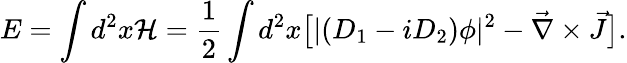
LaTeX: E=\int d^{2}x{\cal H}={\frac{1}{2}}\int d^{2}x\big[|(D_{1}-iD_{2})\phi|^{2}-{\vec{\nabla}\times\vec{J}}\big].